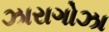
ઝારાગોઝા